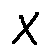
X